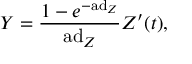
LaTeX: Y = { \frac { 1 - e ^ { - \mathrm { a d } _ { Z } } } { \mathrm { a d } _ { Z } } } Z ^ { \prime } ( t ) ,